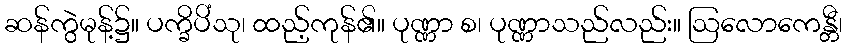
ဆန်ကွဲမုန့်၌။ ပက္ခိပိံသု၊ ထည့်ကုန်၏။ ပုဏ္ဏာ စ၊ ပုဏ္ဏာသည်လည်း။ ဩလောကေန္တီ၊